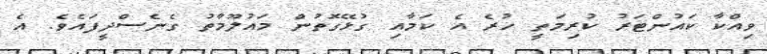
ވިއްކާ ކައުންޓަރު ކުރިމަތީ ހުރެ އެ ކަމާއި ގުޅޭގޮތުން މައުލޫމާތު ގެނެސްދީފައެވެ. އެ